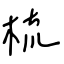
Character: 梳